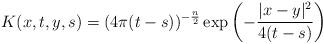
LaTeX: \begin{align*}K(x,t,y,s) = (4\pi (t-s))^{-\frac{n}{2}} \exp\left(-\frac{|x-y|^2}{4(t-s)}\right)\end{align*}